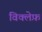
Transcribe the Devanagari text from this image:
विक्लेफ़